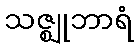
သဇ္ဈုဘာရံ